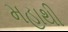
મહાથી